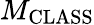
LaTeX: M_{\mathrm{CLASS}}